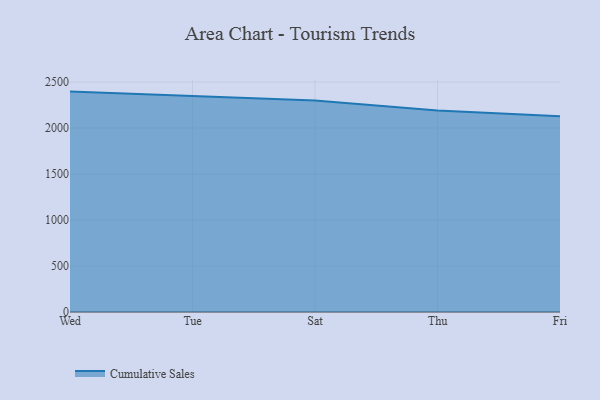
{"axis": {"x": "Day", "y": "Active Users"}, "legend": ["Cumulative Sales"], "data": [{"x": "Wed", "y": 2396.7, "type": "Cumulative Sales"}, {"x": "Tue", "y": 2350.3, "type": "Cumulative Sales"}, {"x": "Sat", "y": 2299.7, "type": "Cumulative Sales"}, {"x": "Thu", "y": 2192.0, "type": "Cumulative Sales"}, {"x": "Fri", "y": 2127.8, "type": "Cumulative Sales"}]}